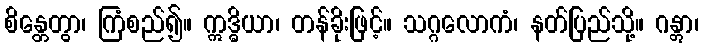
စိန္တေတွာ၊ ကြံစည်၍။ ဣဒ္ဓိယာ၊ တန်ခိုးဖြင့်။ သဂ္ဂလောကံ၊ နတ်ပြည်သို့။ ဂန္တွာ၊